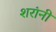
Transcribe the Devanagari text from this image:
शरांनी